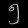
Digit: ၅